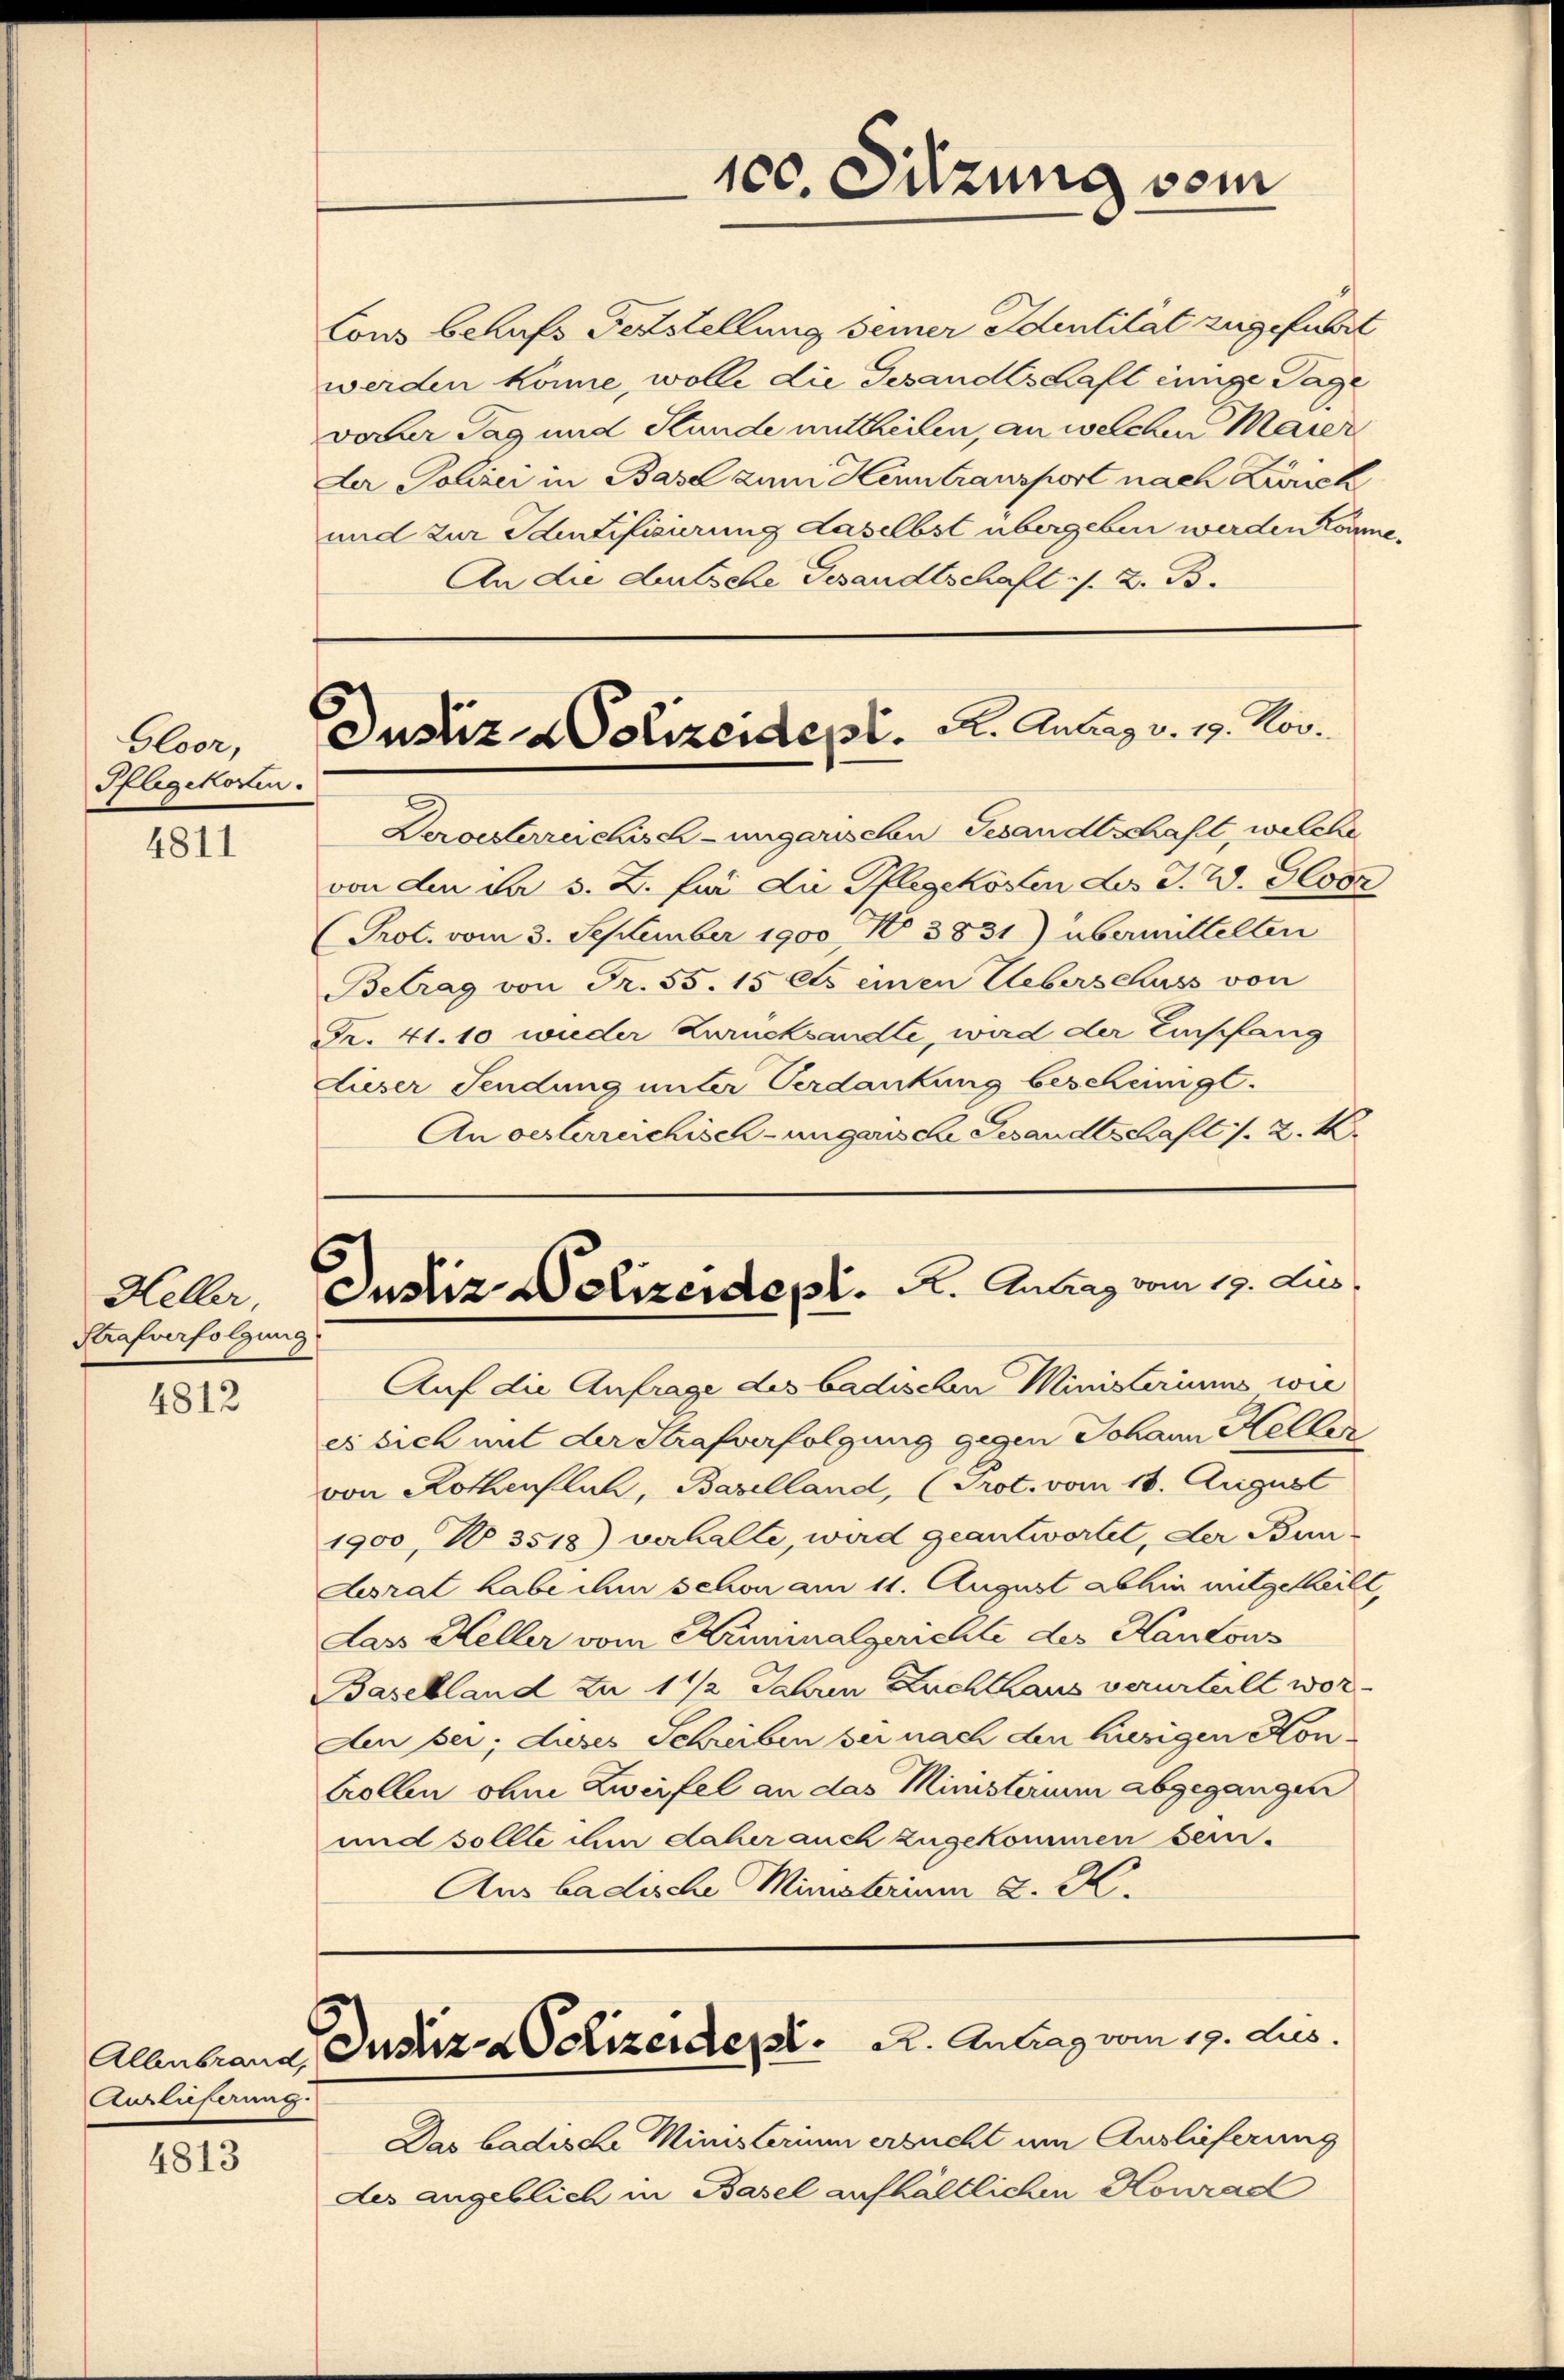
Gloor,
Pflegekosten.

4811

Heller,
Strafverfolgung

4812

Auslieferung.

4813

100. Sitzung vom

Justiz- & Polizeidet. A. Antag v. 19. Nov.

An die dersche Gesandtschaft s. Z. B.

Lous behufs Feststellung seiner Identität zugeführt
werden könne, wolle die Gesandtschaft einige Tage
voser Tag und Stunde mittheilen, an welchen Maier
Der Polizei in Basel zum Heintransport nach Zuruck
und zur Adentifizierung daselbst übergeben werden könne.
Deroesterreichisch-ungarischen Gesandtschaft, welche
von den der s. Z. für die Pflegekosten des J. W. Gotz
(Prot. vom 3. September 1900 No 3831) übermittelten
Betrag von Fr. 55. 15 Cts. einen Ueberschuss von
Fr. 41. 10 wieder Zurücksandte, wird der Empfang
dieser Sendung unter Verdankung bescheinigt.
An oesterreichisch-ungarische Gesandtschaft 1. 2. K.
custiz Dolizeide pr. K. Antrag vom 19. Jus
Auf die Anfrage des badischen Ministeriums wie
es sich mit der Strafverfolgung gegen Johann Hellen
von Rothentlich, Baselland, (Prot. vom 18. August
1900, V 3518) verhalte, wird geantwortet, der Bundesrat habe chur schon am 11. August abhin mitgetheilt,
Lass Heller vom Kaminalgerichte des Kantons
Baselland zu 1 1/2 Jahren Zuchthaus verurteilt wor¬
Aen sei; duses Schreiben sei nach den hiesigen Kon¬
Collen ohne Zweifel an das Ministerium abgegangen
und sollte ihm daher auch zugekommen sein.
Aus badische Ministerium K. K.

Allenbraus Justiz & Polizeident. A. Antrag vom 19. Jus

Das badische Ministerium ersucht um Auslieferung
des angeblich in Basel aufhältlichen Konrad